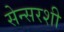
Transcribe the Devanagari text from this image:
सेन्सरशी